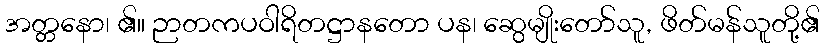
အတ္တနော၊ ၏။ ဉာတကပဝါရိတဋ္ဌာနတော ပန၊ ဆွေမျိုးတော်သူ, ဖိတ်မန်သူတို့၏